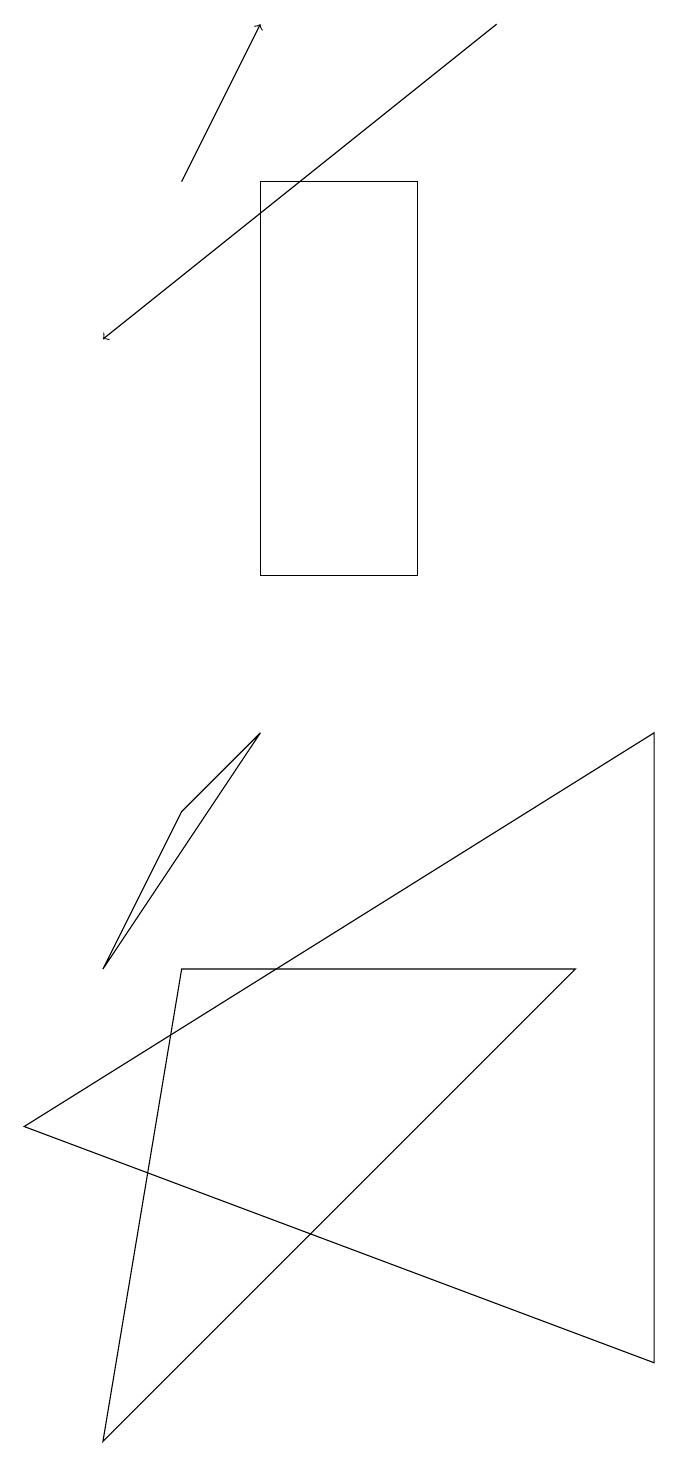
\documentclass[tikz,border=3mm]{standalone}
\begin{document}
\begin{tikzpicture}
\draw (4,9) -- (2,6) -- (3,8) -- cycle;
\draw[->] (7,18) -- (2,14);
\draw (9,1) -- (9,9) -- (1,4) -- cycle;
\draw[->] (3,16) -- (4,18);
\draw (2,0) -- (3,6) -- (8,6) -- cycle;
\draw (6,11) rectangle (4,16);
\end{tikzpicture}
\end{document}